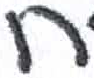
אות: ח